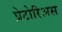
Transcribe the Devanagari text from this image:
प्रेटोरिअस